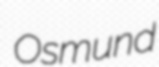
Osmund